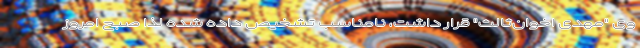
وی "مهدی اخوان‌ثالث" قرار داشت، نامناسب تشخیص داده شده لذا صبح امروز